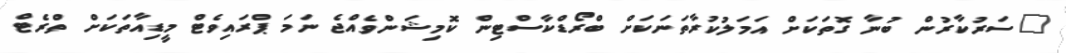
"ސަރުކާރުން ބުނާ ގޮތަކަށް އަމަލުކުރާތަނަކަށް ބްރޯޑްކާސްޓިން ކޮމިޝަންވެއްޖެ ނަމަ ޕްރައިވެޓް މީޑިއާތަކަށް ތްރެޓް